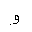
Letter: _waw